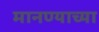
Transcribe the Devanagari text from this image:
मानण्याच्या